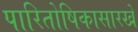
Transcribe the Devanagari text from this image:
पारितोषिकासारखे